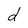
Character: d